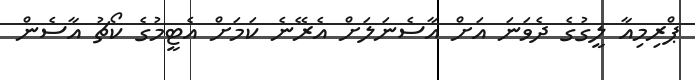
ޕްރިމިއާ ލީގުގެ ދެވަނަ އަށް އާސެނަަލަށް އެރޭނެ ކަމަށް އެޓީމުގެ ކޯޗު އާސެން